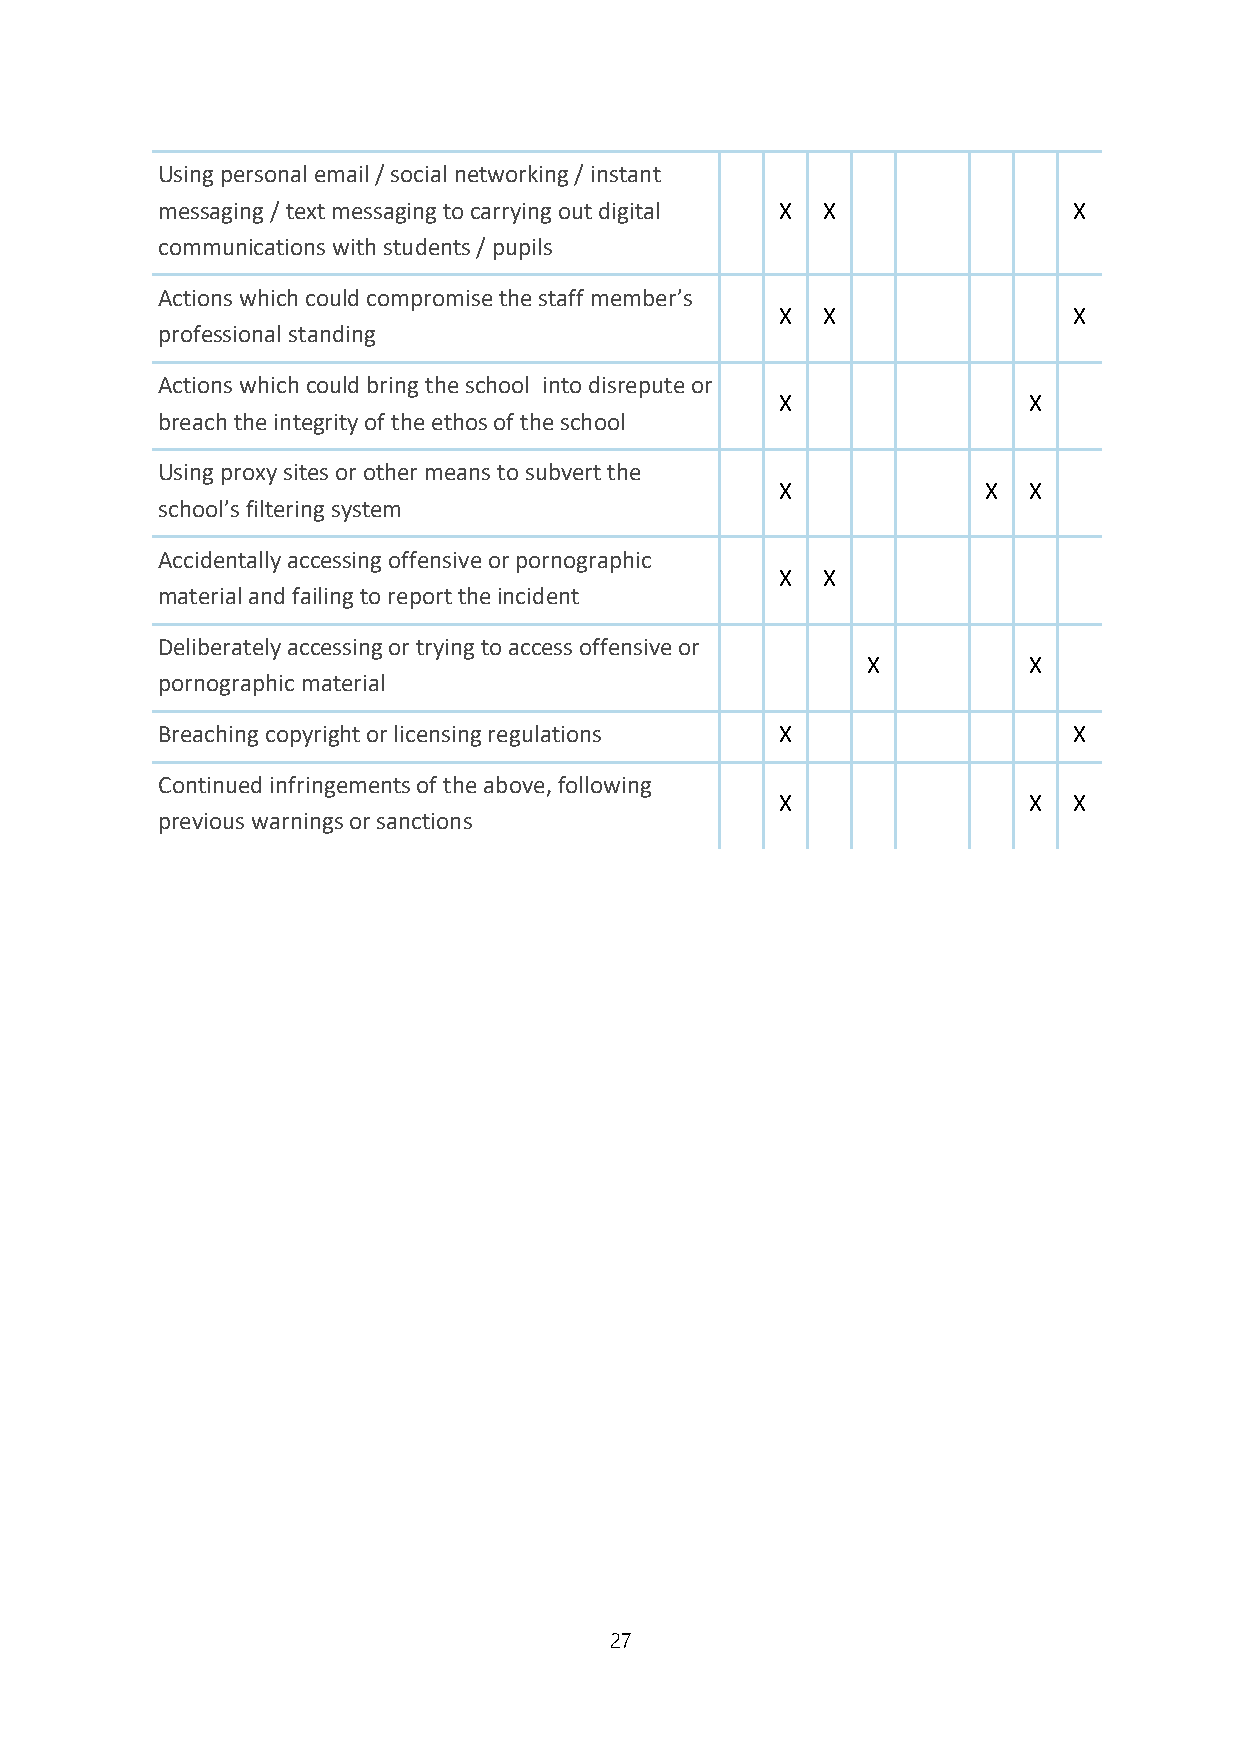
Using personal email / social networking / instant
 messaging / text messaging to carrying out digital X X       X
 communications with students / pupils
 Actions which could compromise the staff member’s
 X X                X
 professional standing
 Actions which could bring the school into disrepute or
 X               X
 breach the integrity of the ethos of the school
 Using proxy sites or other means to subvert the
 X            X  X
 school’s filtering system
 Accidentally accessing offensive or pornographic
 X X
 material and failing to report the incident
 Deliberately accessing or trying to access offensive or
 X          X
 pornographic material
 Breaching copyright or licensing regulations X               X
 Continued infringements of the above, following
 X               X  X
 previous warnings or sanctions
 27